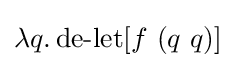
\lambda q.\operatorname {de-let} [f\ (q\ q)]